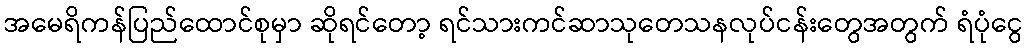
အမေရိကန်ပြည်ထောင်စုမှာ ဆိုရင်တော့ ရင်သားကင်ဆာသုတေသနလုပ်ငန်းတွေအတွက် ရံပုံငွေ